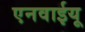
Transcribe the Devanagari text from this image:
एनवाईयू